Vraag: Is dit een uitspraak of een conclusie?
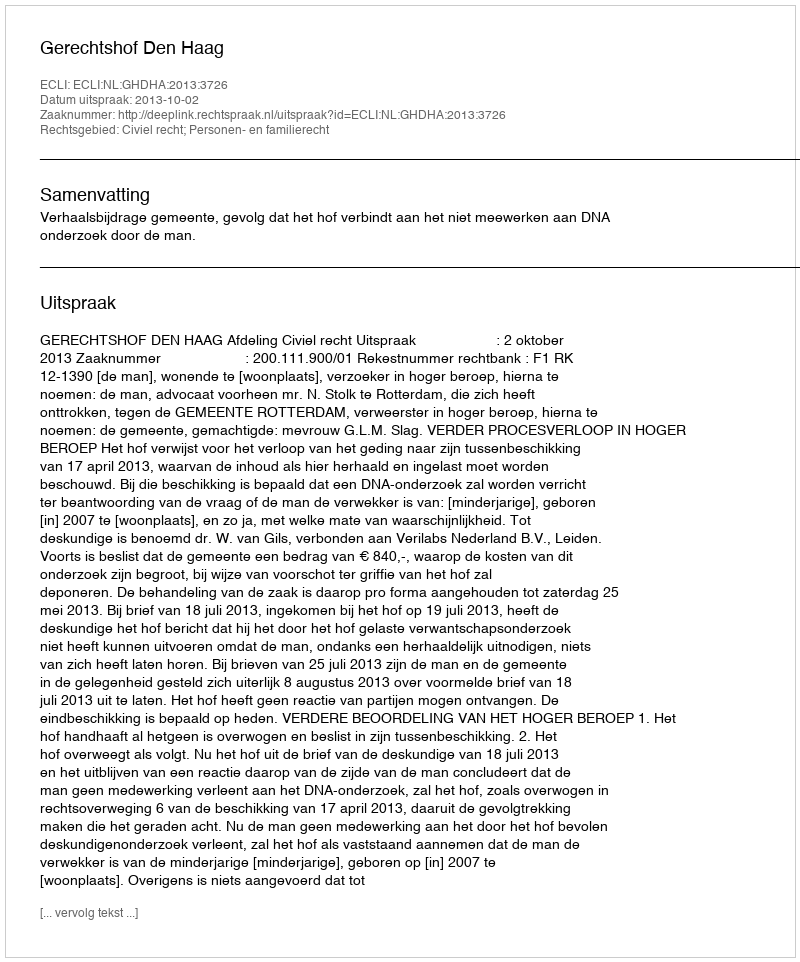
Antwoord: Uitspraak